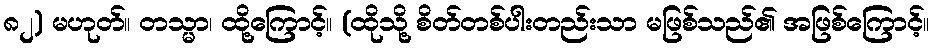
၈၂) မဟုတ်။ တသ္မာ၊ ထို့ကြောင့်။ (ထိုသို့ စိတ်တစ်ပါးတည်းသာ မဖြစ်သည်၏ အဖြစ်ကြောင့်။